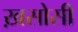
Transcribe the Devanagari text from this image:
ख़सोसी